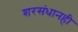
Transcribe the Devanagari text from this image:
शरसंधानही